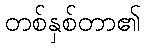
တစ်နှစ်တာ၏